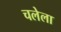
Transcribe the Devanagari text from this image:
चलेला